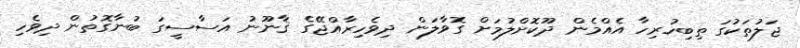
ޖަލުތަކުގަ ތިބިހުރިހާ އެއްމެން ދޫކޮށްލުމަށް ގޮވާލަން ދިވެހިރާއްޖޭގެ ޤާނޫނު އަސާސީގަ ބުނާގޮތުން ދިވެހި